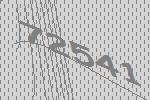
72541